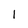
Character: l